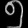
Digit: ၅